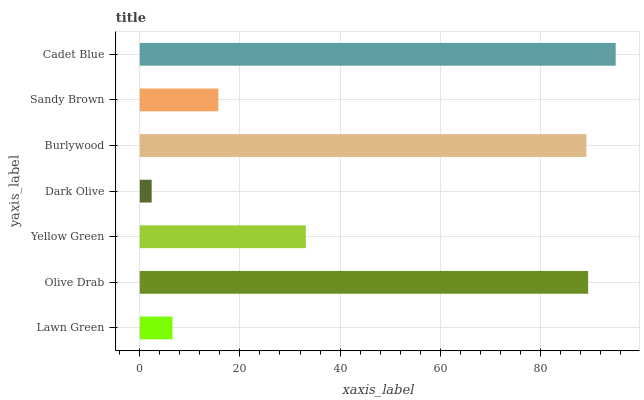
| yaxis_label | bars |
 | --- | --- |
 | Lawn Green | 6.52 |
 | Olive Drab | 89.5 |
 | Yellow Green | 33.2 |
 | Dark Olive | 2.38 |
 | Burlywood | 89.2 |
 | Sandy Brown | 15.7 |
 | Cadet Blue | 95 |